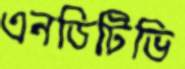
এনডিটিভি